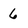
Character: 6